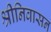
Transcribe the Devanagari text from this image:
श्रीनिवासन